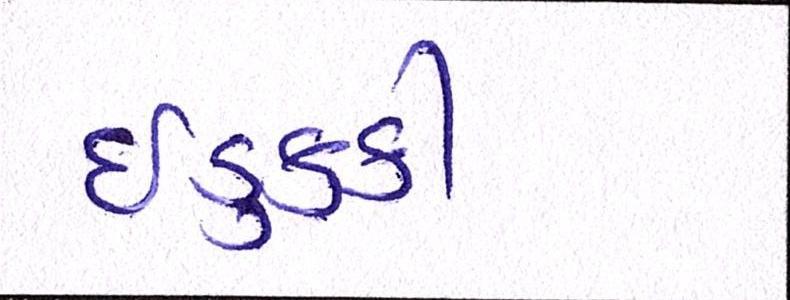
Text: ઈડુક્કી